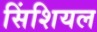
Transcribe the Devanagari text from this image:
सिंशियल